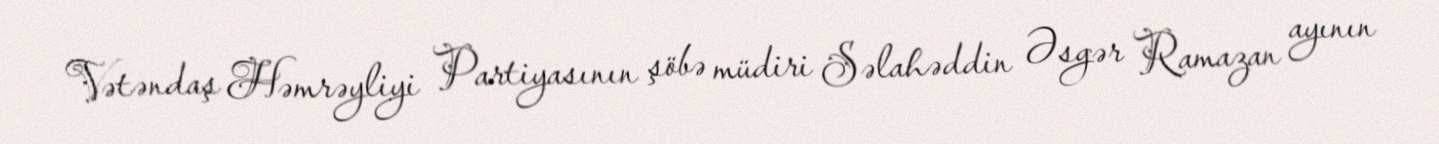
Vətəndaş Həmrəyliyi Partiyasının şöbə müdiri Səlahəddin Əsgər Ramazan ayının